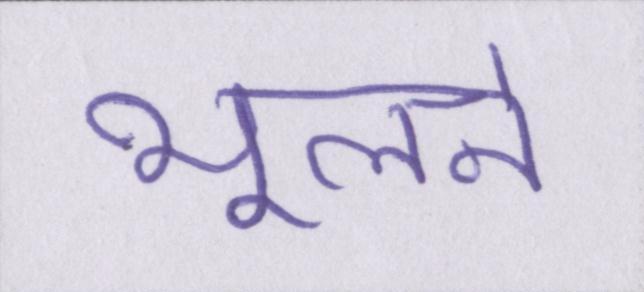
भूलने